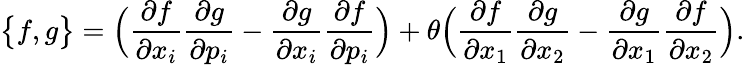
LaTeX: \big\{ f,g\big\} =\Big(\frac{\partial f}{\partial x_{i}}\frac{\partial g}{\partial p_{i}}-\frac{\partial g}{\partial x_{i}}\frac{\partial f}{\partial p_{i}}\Big)+\theta\Big(\frac{\partial f}{\partial x_{1}}\frac{\partial g}{\partial x_{2}}-\frac{\partial g}{\partial x_{1}}\frac{\partial f}{\partial x_{2}}\Big).